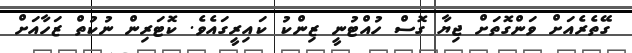
ގޭތެރެއަށް ވަންގޮތަށް ޖިޔާ ގޮސް ހުއްޓުނީ ޒިންކު ކައިރީގައެވެ. ކޮޓަރިން ނުކުތް ޒަހާއަށް